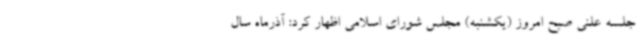
جلسه علنی صبح امروز (یکشنبه) مجلس شورای اسلامی اظهار کرد: آذرماه سال